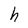
Character: h